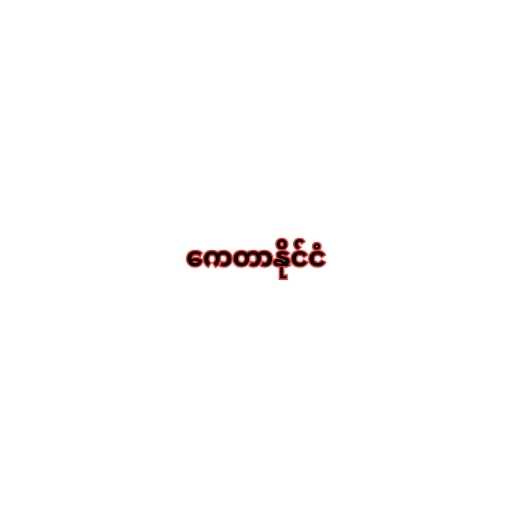
ကေတာနိုင်ငံ